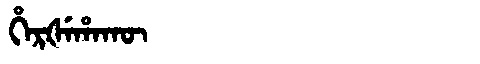
Manchu: ᡥᡝᡵᡧᡝᡥᠠᡴᡡ
Romanization: HERŠEHAKŪ